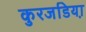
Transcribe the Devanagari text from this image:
कुरजडिया़